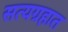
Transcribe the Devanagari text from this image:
सत्यग्रहात